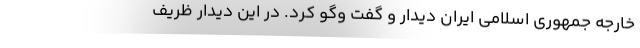
خارجه جمهوری اسلامی ایران دیدار و گفت وگو کرد. در این دیدار ظریف